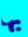
بها